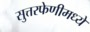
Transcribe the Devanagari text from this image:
सुत्तरफेणीमध्ये